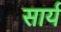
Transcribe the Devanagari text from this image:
सार्य